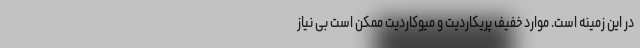
در این زمینه است. موارد خفیف پریکاردیت و میوکاردیت ممکن است بی نیاز